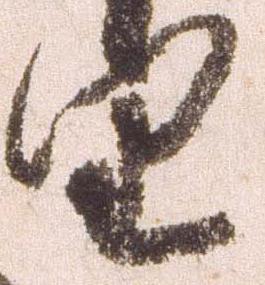
望